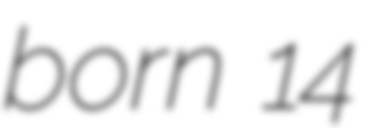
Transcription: born 14